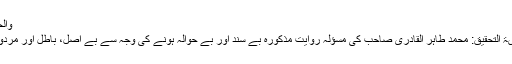
والحمد للہ
خلاصۃ التحقیق: محمد طاہر القادری صاحب کی مسؤلہ روایتِ مذکورہ بے سند اور بے حوالہ ہونے کی وجہ سے بے اصل، باطل اور مردود ہے۔